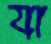
যা